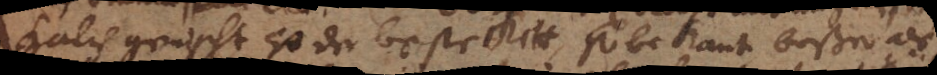
kalch gemischt ist der beste Kitt, so bekant beßer als